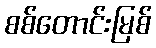
စစ်တောင်းမြစ်